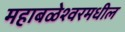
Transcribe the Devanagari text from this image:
महाबळेश्वरमधील